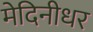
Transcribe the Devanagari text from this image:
मेदिनीधर